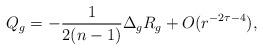
LaTeX: \begin{align*}Q_g=-\frac{1}{2(n-1)}\Delta_gR_g + O(r^{-2\tau - 4}),\end{align*}